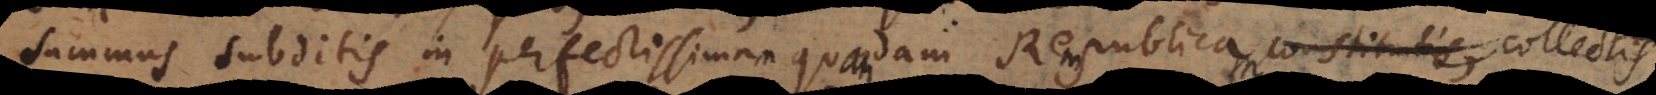
summus subditis in perfectissima quadam Republica constitutis, perfectissimam